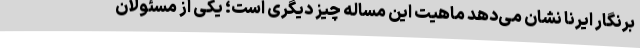
برنگار ایرنا نشان می‌دهد ماهیت این مساله چیز دیگری است؛ یکی از مسئولان